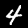
Label: 4